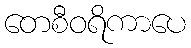
တေစီဝရိကာပေ